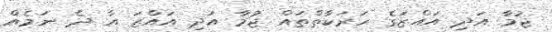
ޖުމާ އަދި އައްޒަގެ ހަރަކާތްތައް ޖުމާ އަދި އައްޒަ އާ ދެ ނަމެއް